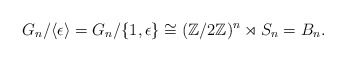
\begin{align*}G_n / \langle \epsilon \rangle = G_n/\{1, \epsilon\} \cong (\mathbb Z/2\mathbb Z)^n \rtimes S_n = B_n. \end{align*}